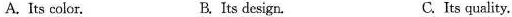
A. Its color. B. Its design. C. Its quality.